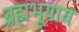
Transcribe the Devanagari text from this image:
ब्रह्मभूयाय